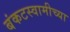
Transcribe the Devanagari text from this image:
बंकटस्वामीच्या